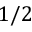
1 / 2